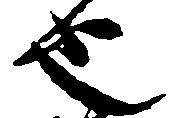
也